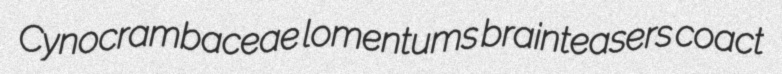
Cynocrambaceae lomentums brainteasers coact